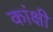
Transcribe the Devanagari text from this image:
कांक्षी